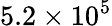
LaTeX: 5.2\times 10^{5}